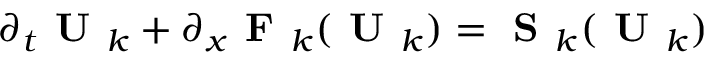
\partial _ { t } \textbf { U } _ { k } + \partial _ { x } \textbf { F } _ { k } ( \textbf { U } _ { k } ) = \textbf { S } _ { k } ( \textbf { U } _ { k } )